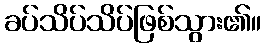
ခပ်သိပ်သိပ်ဖြစ်သွား၏။